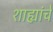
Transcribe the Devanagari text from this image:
शाह्यांचे